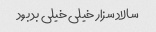
سالاد سزار خیلی خیلی بد بود